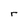
Character: r